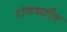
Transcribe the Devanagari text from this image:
रांजणातील